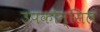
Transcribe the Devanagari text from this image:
उपकौन्सिल